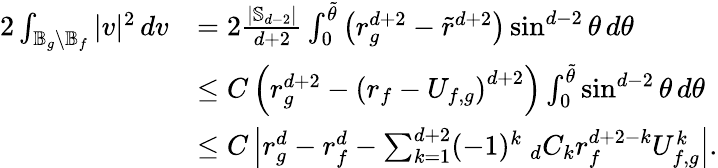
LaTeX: \begin{array}{rl}{2\int_{\mathbb{B}_{g}\setminus\mathbb{B}_{f}}|v|^{2}\, dv}&{=2\frac{|\mathbb{S}_{d-2}|}{d+2}\int_{0}^{\tilde{\theta}}\left(r_{g}^{d+2}-\tilde{r}^{d+2}\right)\sin^{d-2}\theta\, d\theta}\\ &{\le C\left(r_{g}^{d+2}-\left(r_{f}-U_{f,g}\right)^{d+2}\right)\int_{0}^{\tilde{\theta}}\sin^{d-2}\theta\, d\theta}\\ &{\le C\left|r_{g}^{d}-r_{f}^{d}-\sum_{k=1}^{d+2}(-1)^{k}\ _{d}C_{k}r_{f}^{d+2-k}U_{f,g}^{k}\right|.}\end{array}